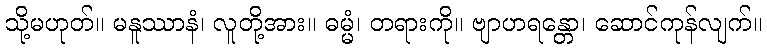
သို့မဟုတ်။ မနူဿာနံ၊ လူတို့အား။ ဓမ္မံ၊ တရားကို။ ဗျာဟရန္တော၊ ဆောင်ကုန်လျက်။